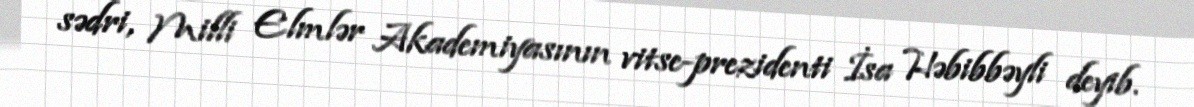
sədri, Milli Elmlər Akademiyasının vitse-prezidenti İsa Həbibbəyli deyib.